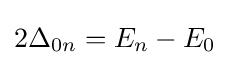
2\Delta _{0n}=E_{n}-E_{0}